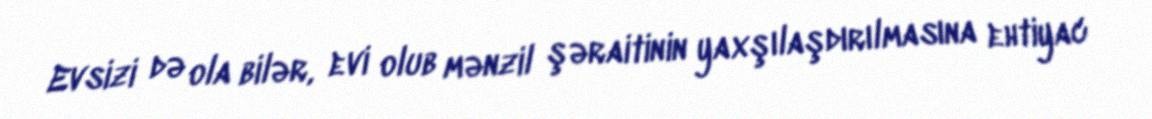
Evsizi də ola bilər, evi olub mənzil şəraitinin yaxşılaşdırılmasına ehtiyac